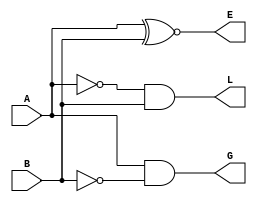
`timescale 1ns / 1ps
//////////////////////////////////////////////////////////////////////////////////

// ID     : N180116
//Branch  : ECE
//Project : RTL design using Verilog
//Design  : 1 bit magnitude comparator
//Module  : 1 bit magnitude comparator Design Module
//RGUKT NUZVID 
//////////////////////////////////////////////////////////////////////////////////


module Mag_comp_1bit(A,B,L,G,E);
input A,B;
output L,G,E;
assign L = ((~A)&B);
assign G = (A&(~B));
assign E = (A^~B);
endmodule